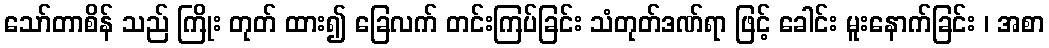
သော်တာစိန် သည် ကြိုး တုတ် ထား၍ ခြေလက် တင်းကြပ်ခြင်း သံတုတ်ဒဏ်ရာ ဖြင့် ခေါင်း မူးနောက်ခြင်း ၊ အစာ